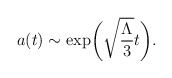
\begin{align*}a(t)\sim\exp\biggl(\sqrt{\frac{\Lambda}{3}}t\biggr).\end{align*}